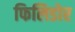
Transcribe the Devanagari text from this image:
फिलिडोर